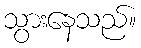
သွားနေသည်။